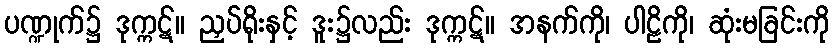
ပဏ္ဍုက်၌ ဒုက္ကဋ်။ ညှပ်ရိုးနှင့် ဒူး၌လည်း ဒုက္ကဋ်။ အနက်ကို၊ ပါဠိကို၊ ဆုံးမခြင်းကို